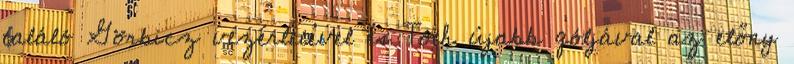
találó Görbicz vezérletével és Tóth újabb góljával az előny